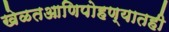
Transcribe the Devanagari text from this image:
खेळतआणिपोहण्यातही